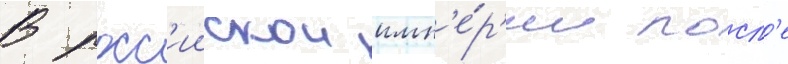
В росс'иискои имп'е́р'ии посл'е